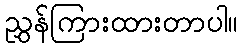
ညွှန်ကြားထားတာပါ။